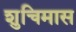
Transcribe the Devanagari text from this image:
शुचिमास